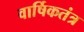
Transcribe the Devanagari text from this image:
वार्षिकतंत्र